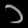
Digit: ၁